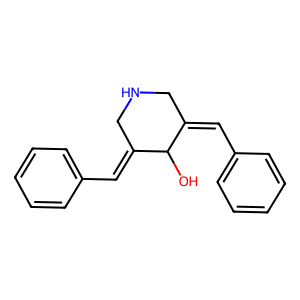
SMILES: OC1C(=Cc2ccccc2)CNCC1=Cc1ccccc1
Inhibits HIV replication: No